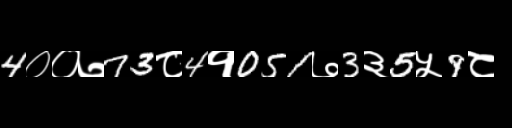
Text: 4००७73८4१051७3३5५9८